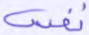
نفس